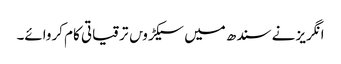
انگریز نے سندھ میں سیکڑو‍ں ترقیاتی کام کروائے۔